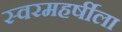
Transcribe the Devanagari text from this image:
स्वरमहर्षीला